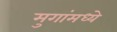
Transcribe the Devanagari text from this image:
मुगांमध्ये